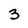
Character: 3